Lunatic asylums in Bengal annual reports 1899-1911 - 1899-1911
Year: 1899
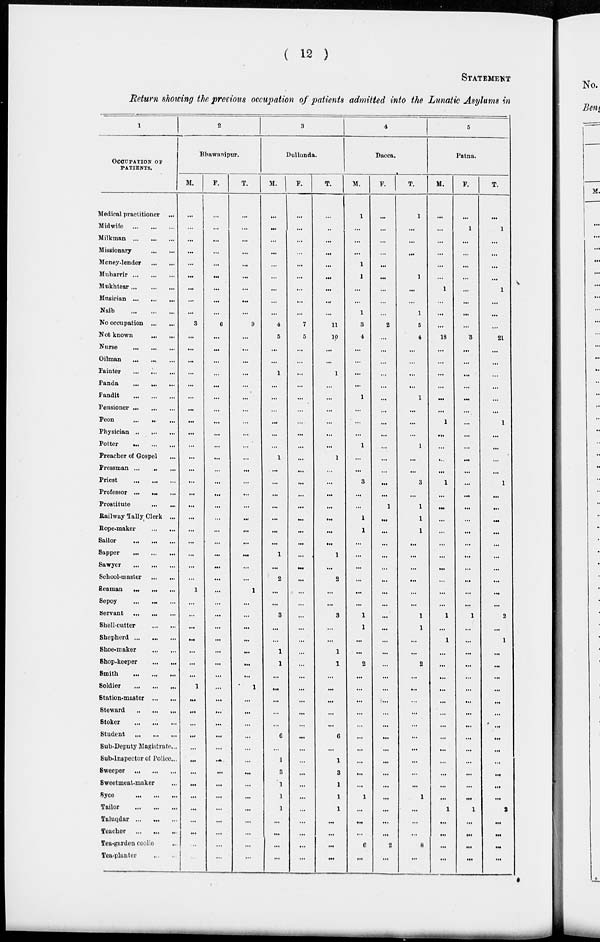
( 12 )
STATEMENT
Return showing the previous occupation of patients admitted into the Lunatic Asylums in
1
OCCUPATION OF
PATIENTS.
Medical practitioner
...
Midwife
...
...
...
Milkman
...
...
...
Missionary ... ... ...
Money-lender ... ... ...
Muharrir
...
...
...
Mukhtear
...
...
...
Musician
...
...
...
Naib
...
...
...
No occupation ... ... ...
Not known ... ... ...
Nurse
...
...
...
Oilman
...
...
...
Painter
...
...
...
Panda
...
...
...
Pandit
...
...
...
Pensioner
...
...
...
Peon
...
...
...
Physician
...
...
...
Potter
...
...
...
Preacher of Gospel
Pressman
...
...
...
Priest
...
...
...
Professor
...
...
...
Prostitute
...
...
...
Railway Tally Clerk ...
Rope-maker ... ... ...
Sailor
...
...
...
Sapper
...
...
...
Sawyer
...
...
...
School-master ... ... ...
Seaman
...
...
...
Sepoy
...
...
...
Servant
...
...
...
Shell-cutter ... ... ...
Shepherd
...
...
...
Shoe-maker ... ... ...
Shop-keeper ... ... ...
Smith
...
...
...
Soldier
...
...
...
Station-master ... ... ...
Steward
...
...
...
Stoker
...
...
...
Student
...
...
...
Sub-Deputy Magistrate ...
Sub-Inspector of Police...
Sweeper
...
...
...
Sweetmeat-maker
Syce
...
...
...
Tailor
...
...
...
Taluqdar
...
...
...
Teacher
...
...
...
Tea-garden coolie
Tea-planter
2
Bhawanipur.
M.
...
...
...
...
...
...
...
...
...
3
...
...
...
...
...
...
...
...
...
...
...
...
...
...
...
...
...
...
...
...
...
1
...
...
...
...
...
...
...
1
...
...
...
...
...
...
...
...
...
...
...
...
...
...
F.
...
...
...
...
...
...
...
...
...
6
...
...
...
...
...
...
...
...
...
...
...
...
...
...
...
...
...
...
...
...
...
...
...
...
...
...
...
...
...
...
...
...
...
...
...
...
...
...
...
...
...
...
...
...
T.
...
...
...
...
...
...
...
...
...
9
...
...
...
...
...
...
...
...
...
...
...
...
...
...
...
...
...
...
...
...
...
1
...
...
...
...
...
...
...
1
...
...
...
...
...
...
...
...
...
...
...
...
...
...
3
Dullunda.
M.
...
...
...
...
...
...
...
...
...
4
5
...
...
1
...
...
...
...
...
...
1
...
...
...
...
...
...
...
1
...
2
...
...
3
...
...
1
1
...
...
...
...
...
6
...
1
3
1
1
1
...
...
...
...
F.
...
...
...
...
...
...
...
...
...
7
5
...
...
...
...
...
...
...
...
...
...
...
...
...
...
...
...
...
...
...
...
...
...
...
...
...
...
...
...
...
...
...
...
...
...
...
...
...
...
...
...
...
...
...
T.
...
...
...
...
...
...
...
...
...
11
10
...
...
1
...
...
...
...
...
...
1
...
...
...
...
...
...
1
...
2
...
...
3
...
1
1
...
...
...
...
...
6
...
1
3
1
1
1
...
...
...
...
4
Dacca.
M.
1
...
...
...
1
1
...
...
1
3
4
...
...
...
...
1
...
...
...
1
...
...
3
...
...
1
1
...
...
...
...
...
...
1
1
...
...
2
...
...
...
...
...
...
...
...
...
...
1
...
...
...
6
...
F.
...
...
...
...
...
...
...
...
....
2
...
...
...
...
...
...
...
...
...
...
...
...
...
1
...
...
...
...
...
...
...
...
...
...
...
...
...
...
...
...
...
...
...
...
...
...
...
...
...
...
...
2
...
T.
1
...
...
...
1
...
...
1
5
4
...
...
...
...
1
...
...
1
...
...
3
...
1
1
1
...
...
...
...
...
...
1
1
...
...
2
...
...
...
...
...
...
...
...
...
1
...
...
...
8
...
5
Patna.
M.
...
...
...
...
...
...
1
...
...
...
18
...
...
...
...
...
...
1
...
...
...
...
1
...
...
...
...
...
...
...
...
...
1
...
1
...
...
...
...
...
...
...
...
...
...
...
...
...
1
...
...
...
...
F.
...
1
...
...
...
...
...
...
...
...
3
...
...
...
...
...
...
...
...
...
...
...
...
...
...
...
...
...
...
...
...
...
...
1
...
...
...
...
...
...
...
...
...
...
...
...
...
...
...
1
...
...
...
...
T.
...
1
...
...
...
...
1
...
...
...
21
...
...
...
...
...
...
1
...
...
...
...
1
...
...
...
...
...
...
...
...
...
...
2
...
1
...
...
...
...
...
...
...
...
...
...
...
...
...
2
...
...
...
...